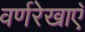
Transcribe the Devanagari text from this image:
वर्णरेखाएँ